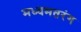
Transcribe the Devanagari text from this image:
मध्यमतरंग